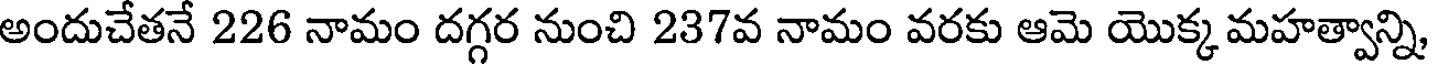
అందుచేతనే 226 నామం దగ్గర నుంచి 237వ నామం వరకు ఆమె యొక్క మహత్వాన్ని